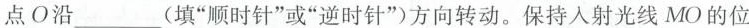
点O沿___(填“顺时针”或“逆时针”)方向转动。保持入射光线MO的位